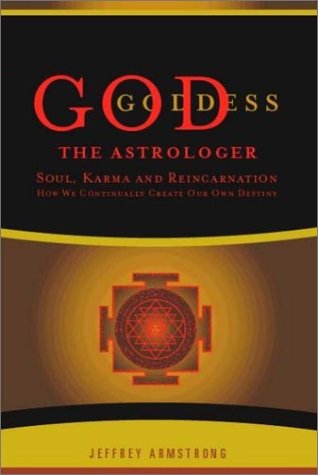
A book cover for God the Astrologer: Soul, Karma, and Reincarnation--How We Continually Create Our Own Destiny; Jeffrey Armstrong; Religion & Spirituality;